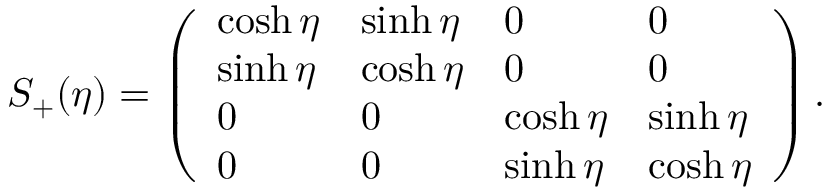
S _ { + } ( \eta ) = \left( \begin{array} { l l l l } { { \cosh \eta } } & { { \sinh \eta } } & { { 0 } } & { { 0 } } \\ { { \sinh \eta } } & { { \cosh \eta } } & { { 0 } } & { { 0 } } \\ { { 0 } } & { { 0 } } & { { \cosh \eta } } & { { \sinh \eta } } \\ { { 0 } } & { { 0 } } & { { \sinh \eta } } & { { \cosh \eta } } \end{array} \right) .